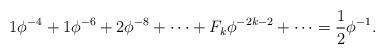
LaTeX: \begin{align*} 1\phi^{-4} + 1\phi^{-6}+2\phi^{-8}+\cdots+F_k\phi^{-2k-2}+\cdots = \frac{1}{2} \phi^{-1}\mbox{.}\end{align*}